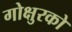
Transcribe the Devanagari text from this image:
गोक्षुरको